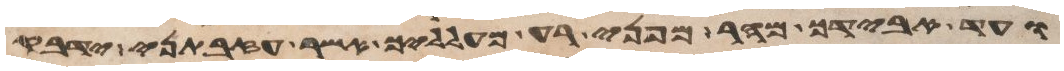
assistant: ועד אבידך מהר מפני רע מעלליך אשר עזבתני ידבק